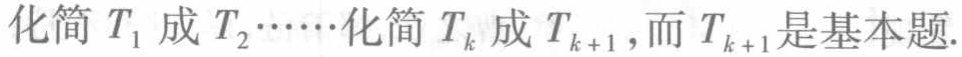
化简 \(T_1\) 成 \(T_2\cdots\cdots\) 化简 \(T_k\) 成 \(T_{k + 1}\)，而 \(T_{k + 1}\) 是基本题.